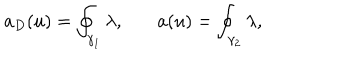
a _ { D } ( u ) = \oint _ { \gamma _ { 1 } } \lambda , \: \: \: \: \: \: \: \: a ( u ) = \oint _ { \gamma _ { 2 } } \lambda ,